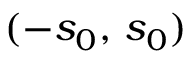
( - s _ { 0 } , \, s _ { 0 } )